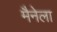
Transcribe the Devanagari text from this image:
मैनेला